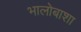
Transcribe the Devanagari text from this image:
भालोबाशा